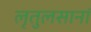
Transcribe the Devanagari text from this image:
लृतुलसानां